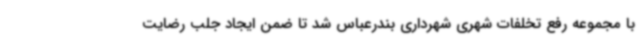
با مجموعه رفع تخلفات شهری شهرداری بندرعباس شد تا ضمن ایجاد جلب رضایت